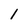
Character: 1